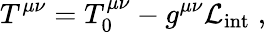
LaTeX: T^{\mu\nu}=T_{0}^{\mu\nu}-g^{\mu\nu}\mathcal{L}_{\mathrm{int}}\; ,